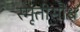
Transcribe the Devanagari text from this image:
स्मृतीसौध